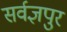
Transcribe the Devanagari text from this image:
सर्वज्ञपुर